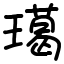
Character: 𤩲